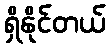
ရှိနိုင်တယ်